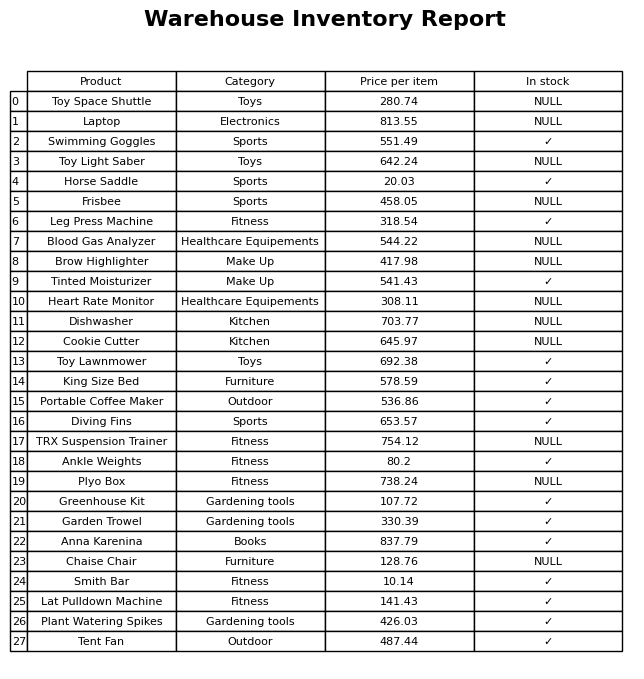
question: What is the price of the Portable Coffee Maker?
answer: The price of Portable Coffee Maker is 536.86.